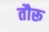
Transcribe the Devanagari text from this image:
तौरू